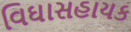
વિઘાસહાયક